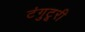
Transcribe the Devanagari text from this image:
टंगुटूरी